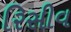
રિસીવ